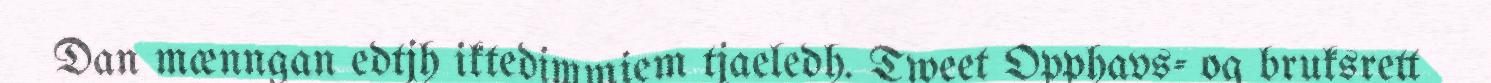
Dan mænngan edtjh iktedimmiem tjaeledh. Tweet Opphavs- og bruksrett